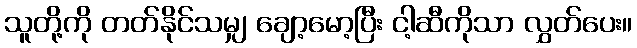
သူတို့ကို တတ်နိုင်သမျှ ချော့မော့ပြီး ငါ့ဆီကိုသာ လွှတ်ပေး။